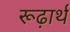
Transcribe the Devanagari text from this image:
रूढ़ार्थ